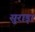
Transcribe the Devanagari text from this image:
सुराड़ा